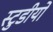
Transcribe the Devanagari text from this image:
स्टुडीयो